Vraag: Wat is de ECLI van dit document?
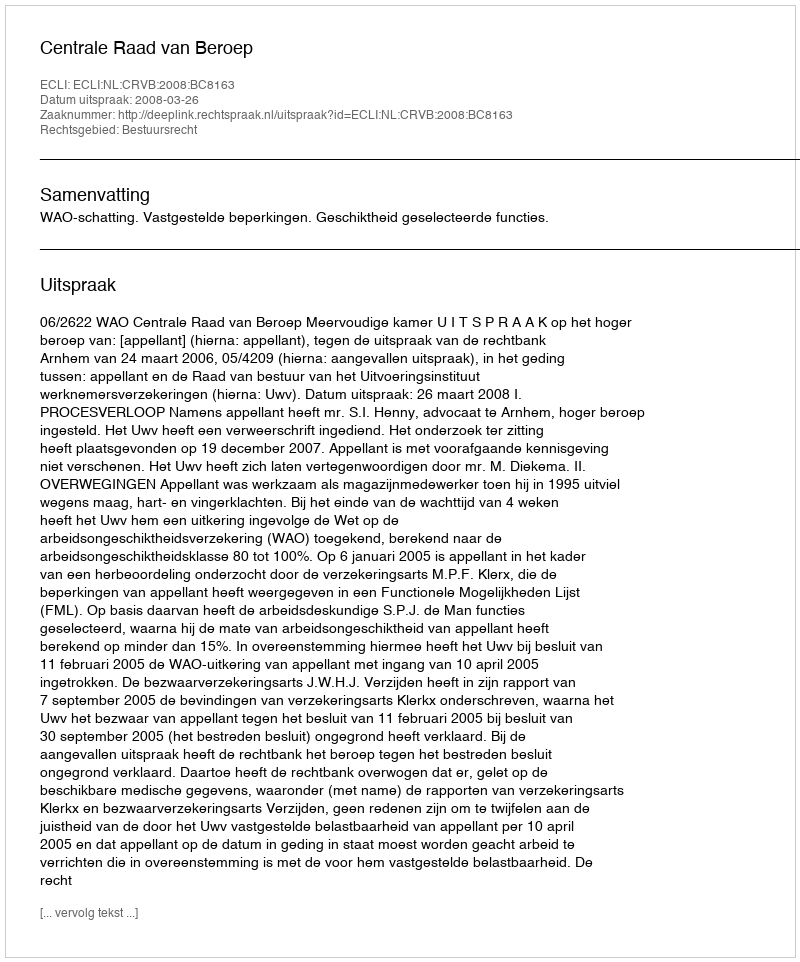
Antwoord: ECLI:NL:CRVB:2008:BC8163